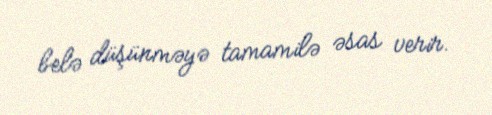
belə düşünməyə tamamilə əsas verir.